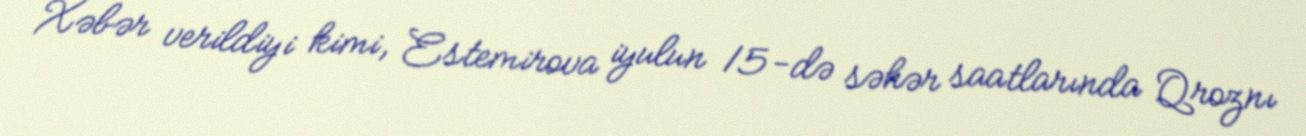
Xəbər verildiyi kimi, Estemirova iyulun 15-də səhər saatlarında Qroznı